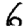
Digit: 6